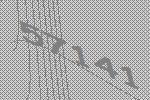
57141